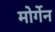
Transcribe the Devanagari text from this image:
मोर्गेन